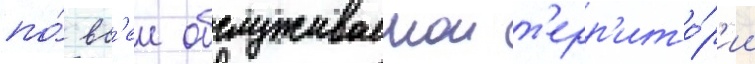
по́ вс'еи обслуживаемои т'ерр'ито́р'ии